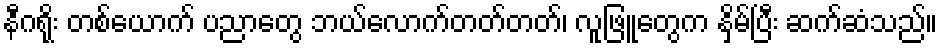
နီဂရိုး တစ်ယောက် ပညာတွေ ဘယ်လောက်တတ်တတ်၊ လူဖြူတွေက နှိမ်ပြီး ဆက်ဆံသည်။